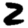
Digit: 2